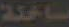
ساخنة